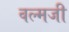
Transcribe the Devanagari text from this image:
वल्मजी